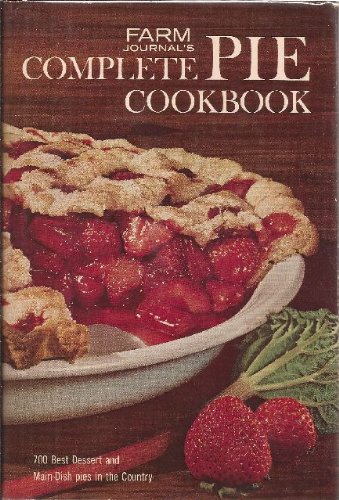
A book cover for Farm Journal's Complete PIE cookbook: 700 Best Dessert and Main-Dish Pies in the Country; Cookbooks, Food & Wine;